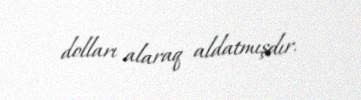
dolları alaraq aldatmışdır.